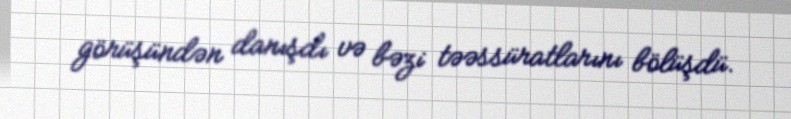
görüşündən danışdı və bəzi təəssüratlarını bölüşdü.